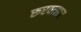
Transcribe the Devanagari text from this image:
रूरवाहार